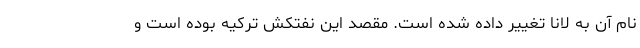
نام آن به لانا تغییر داده شده است. مقصد این نفتکش ترکیه بوده است و